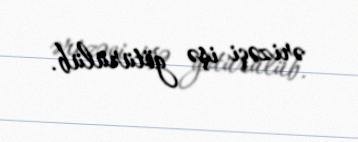
ərizəçi işə götürülüb.